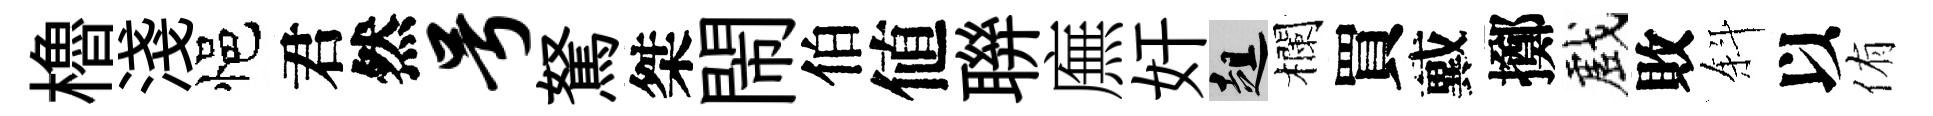
櫓淺悒君然号駑桀閙伯値聨廡奸趄欄買戴擲戲敗斜以侑